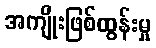
အကျိုးဖြစ်ထွန်းမှု